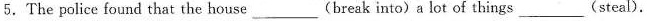
5.The police found that the house___(break into)a lot of things(steal).